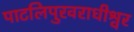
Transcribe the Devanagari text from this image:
पाटलिपुरवराधीश्वर